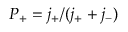
P _ { + } = j _ { + } / ( j _ { + } + j _ { - } )